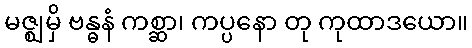
မဇ္ဈမှိ ဗန္ဓနံ ကစ္ဆာ၊ ကပ္ပနော တု ကုထာဒယော။